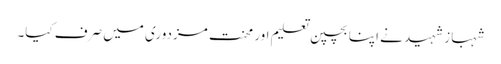
شہباز شہید نے اپنا بچپن تعلیم اور محنت مزدوری میں صرف کیا۔